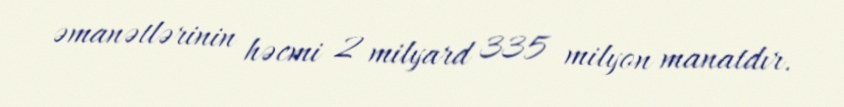
əmanətlərinin həcmi 2 milyard 335 milyon manatdır.